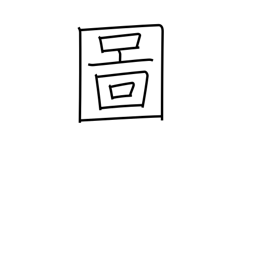
Meaning: drawing